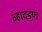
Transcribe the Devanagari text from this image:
व्हादडण